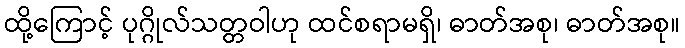
ထို့ကြောင့် ပုဂ္ဂိုလ်သတ္တဝါဟု ထင်စရာမရှိ၊ ဓာတ်အစု၊ ဓာတ်အစု။